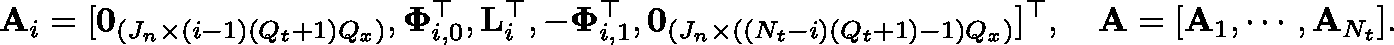
\mathbf { A } _ { i } = [ \mathbf { 0 } _ { ( J _ { n } \times ( i - 1 ) ( Q _ { t } + 1 ) Q _ { x } ) } , \mathbf { \Phi } _ { i , 0 } ^ { \top } , \mathbf { L } _ { i } ^ { \top } , - \mathbf { \Phi } _ { i , 1 } ^ { \top } , \mathbf { 0 } _ { ( J _ { n } \times ( ( N _ { t } - i ) ( Q _ { t } + 1 ) - 1 ) Q _ { x } ) } ] ^ { \top } , \quad \mathbf { A } = [ \mathbf { A } _ { 1 } , \cdots , \mathbf { A } _ { N _ { t } } ] .